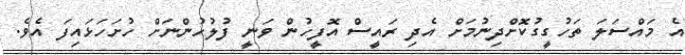
އެ މައްސަލަ ތަހުގީގުކޮށްދިނުމަށް އެދި ރައީސް އޮފީހުން ވަނީ ފުލުހުންނަށް ހުށަހަޅައިފަ އެވެ.